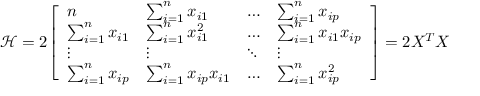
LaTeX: { \mathcal { H } } = 2 { \left[ \begin{array} { l l l l } { n } & { \sum _ { i = 1 } ^ { n } x _ { i 1 } } & { \dots } & { \sum _ { i = 1 } ^ { n } x _ { i p } } \\ { \sum _ { i = 1 } ^ { n } x _ { i 1 } } & { \sum _ { i = 1 } ^ { n } x _ { i 1 } ^ { 2 } } & { \dots } & { \sum _ { i = 1 } ^ { n } x _ { i 1 } x _ { i p } } \\ { \vdots } & { \vdots } & { \ddots } & { \vdots } \\ { \sum _ { i = 1 } ^ { n } x _ { i p } } & { \sum _ { i = 1 } ^ { n } x _ { i p } x _ { i 1 } } & { \dots } & { \sum _ { i = 1 } ^ { n } x _ { i p } ^ { 2 } } \end{array} \right] } = 2 X ^ { T } X